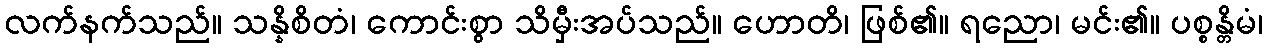
လက်နက်သည်။ သန္နိစိတံ၊ ကောင်းစွာ သိမှီးအပ်သည်။ ဟောတိ၊ ဖြစ်၏။ ရညော၊ မင်း၏။ ပစ္စန္တိမံ၊